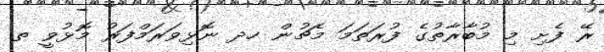
ރޭ ފެށި މި މުބާރާތުގެ ފުރަތަމަ މެޗުން ހދ ނޮޅިވަރަމްފަރު މޮޅުވީ ތ